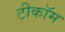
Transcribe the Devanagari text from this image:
टीकॉम